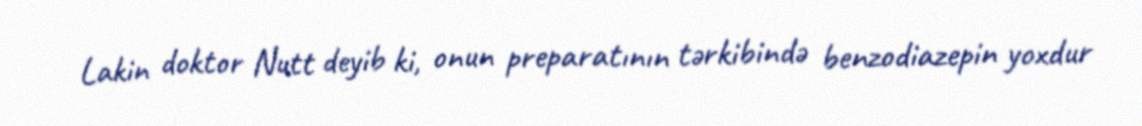
Lakin doktor Nutt deyib ki, onun preparatının tərkibində benzodiazepin yoxdur